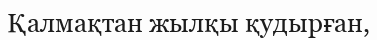
Қалмақтан жылқы қудырған,